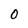
Character: 0